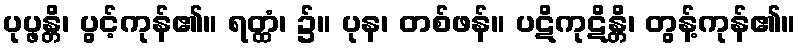
ပုပ္ဖန္တိ၊ ပွင့်ကုန်၏။ ရတ္ထံ၊ ၌။ ပုန၊ တစ်ဖန်။ ပဋိကုဋိန္တိ၊ တွန့်ကုန်၏။